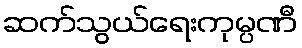
ဆက်သွယ်ရေးကုမ္ပဏီ